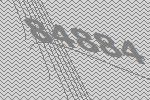
84884